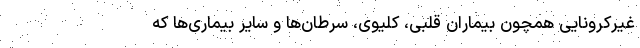
غیرکرونایی همچون بیماران قلبی، کلیوی، سرطان‌ها و سایر بیماری‌ها که